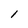
Character: l